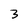
Character: 3